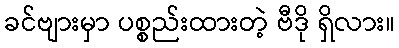
ခင်ဗျားမှာ ပစ္စည်းထားတဲ့ ဗီဒို ရှိလား။